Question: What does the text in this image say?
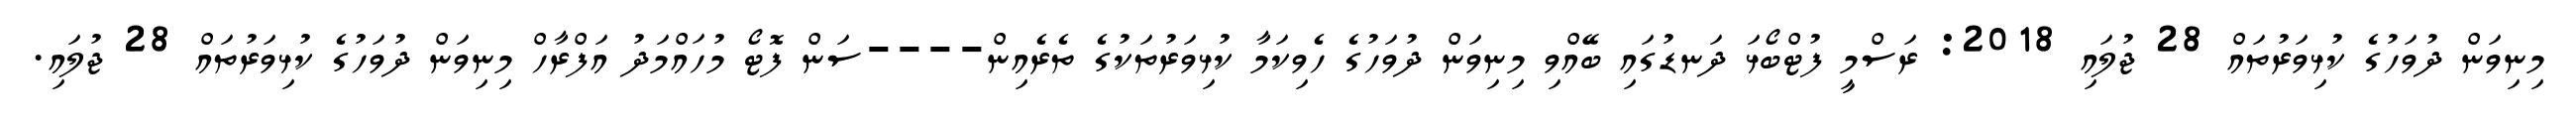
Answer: މިނިވަން ދުވަހުގެ ކުޅިވަރުތައް 28 ޖުލައި 2018: ރަސްމީ ފުޓްބޯޅަ ދަނޑުގައި ބޭއްވި މިނިވަން ދުވަހުގެ ހެވިކަމާ ކުޅިވަރުތަކުގެ ތެރެއިން----ސަން ފޮޓޯ މުހައްމަދު އަފްރާހް މިނިވަން ދުވަހުގެ ކުޅިވަރުތައް 28 ޖުލައި.